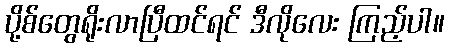
ပို့စ်တွေရိုးလာပြီထင်ရင် ဒီလိုလေး ကြည့်ပါ။